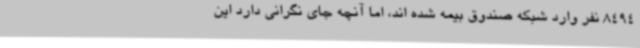
8494 نفر وارد شبکه صندوق بیمه شده اند، اما آنچه جای نگرانی دارد این